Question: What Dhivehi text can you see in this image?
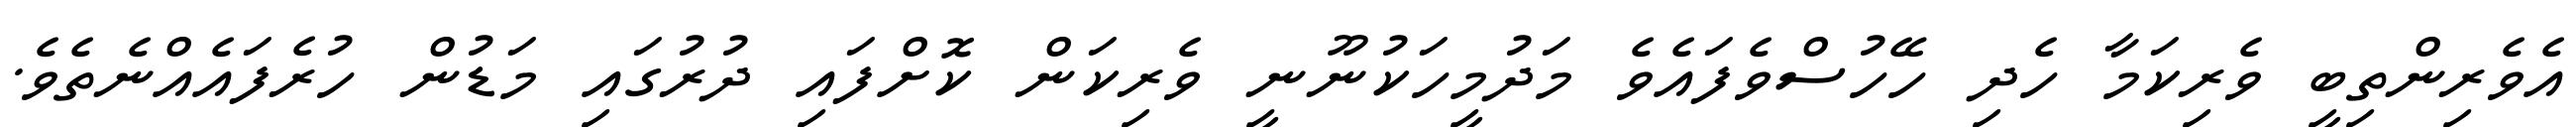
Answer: އެވެރިންތިބީ ވެރިކަމާ ހެދި ހޭހުސްވެފައެވެ މަދުމީހަކުނޫނީ ވެރިކަން ކޮށްފައި ދުރުގައި މަޑުން ހުރެފައެއްނެތެވެ.